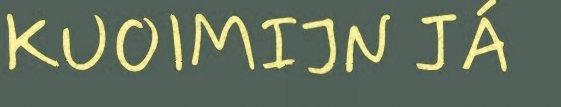
KUOIMIJN JÁ